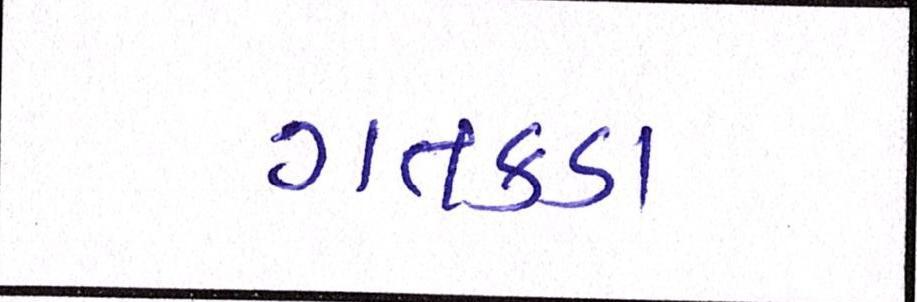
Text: ગતકડા